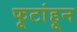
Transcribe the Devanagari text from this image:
फूटांहून